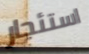
استئجار